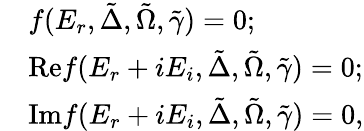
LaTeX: \begin{array}{rl}&{f(E_{r},\tilde{\Delta},\tilde{\Omega},\tilde{\gamma})=0;}\\ &{\mathrm{Re}f(E_{r}+iE_{i},\tilde{\Delta},\tilde{\Omega},\tilde{\gamma})=0;}\\ &{\mathrm{Im}f(E_{r}+iE_{i},\tilde{\Delta},\tilde{\Omega},\tilde{\gamma})=0,}\end{array}